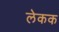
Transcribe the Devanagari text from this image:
लेकक